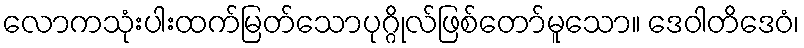
လောကသုံးပါးထက်မြတ်သောပုဂ္ဂိုလ်ဖြစ်တော်မူသော။ ဒေဝါတိဒေဝံ၊